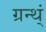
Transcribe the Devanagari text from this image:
ग्रन्थ्ं